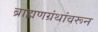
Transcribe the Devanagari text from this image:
ब्राह्मणग्रंथांवरून